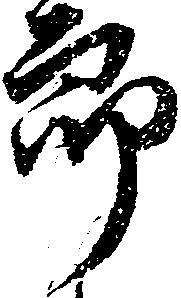
郎